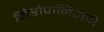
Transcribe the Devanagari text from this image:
निरोपानिरोपी